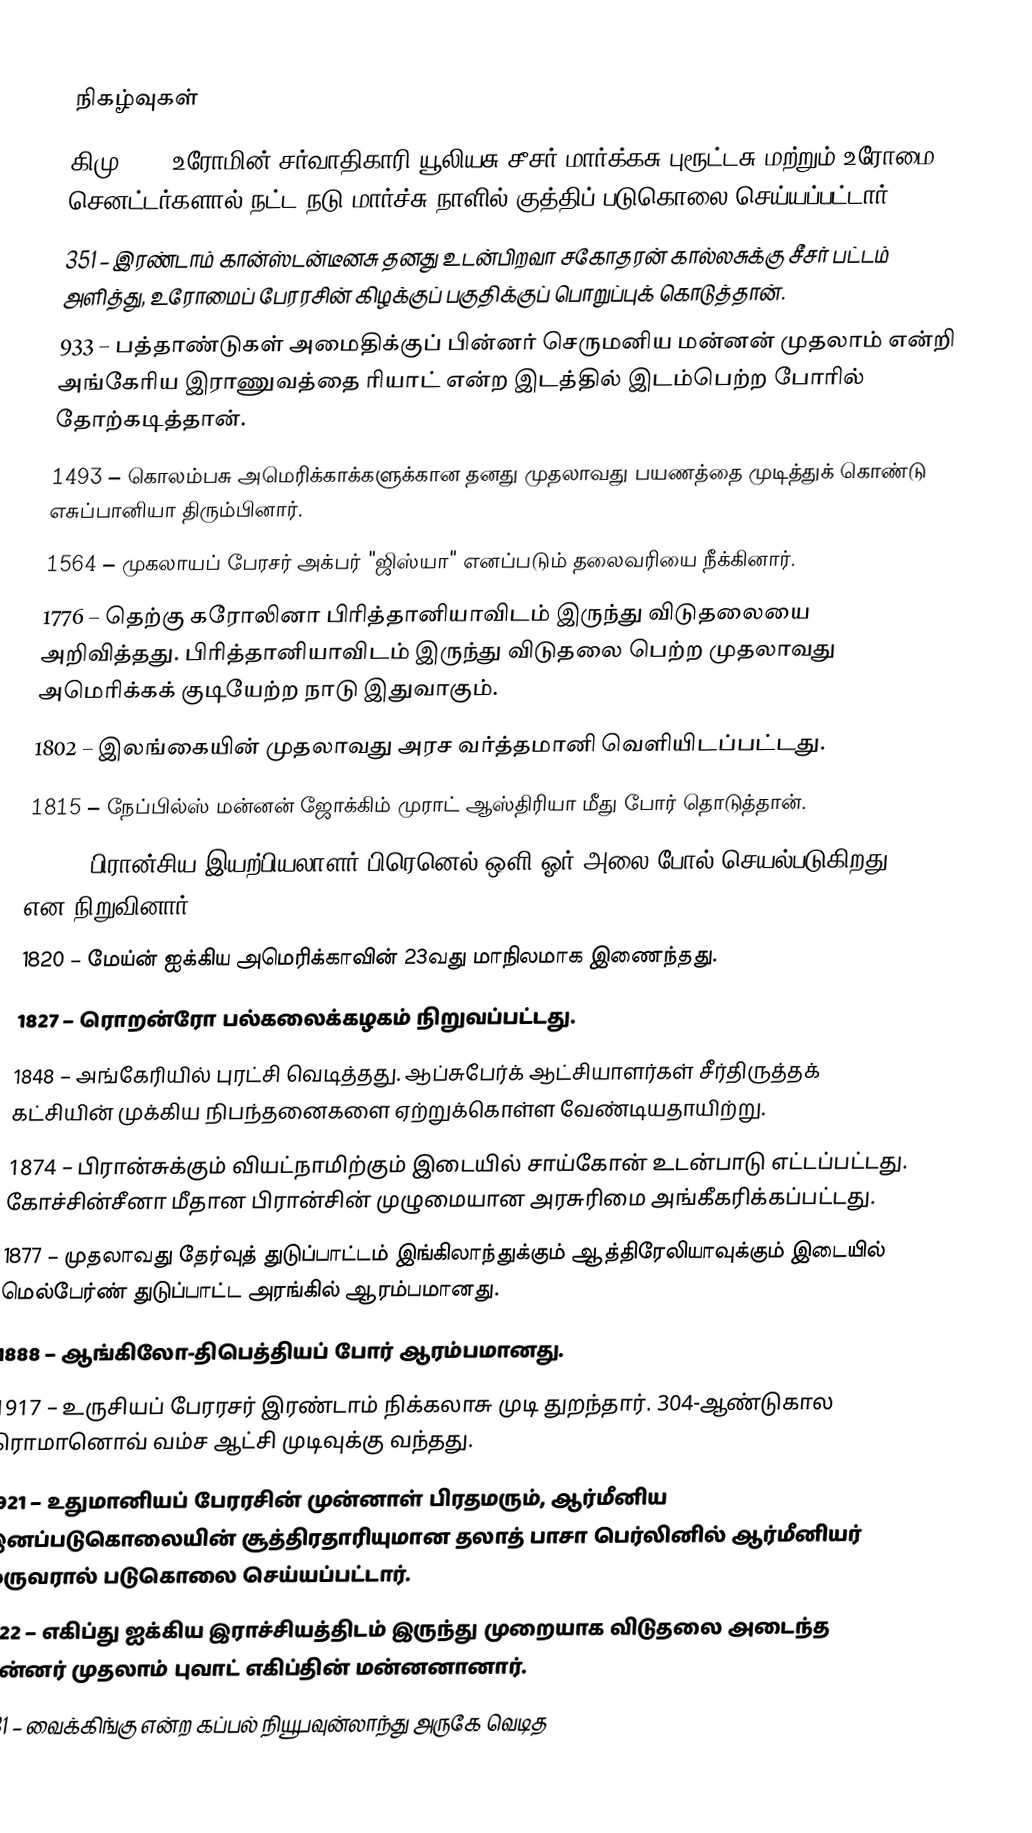

நிகழ்வுகள்
கிமு 44 – உரோமின் சர்வாதிகாரி யூலியசு சீசர் மார்க்கசு புரூட்டசு மற்றும் உரோமை செனட்டர்களால் நட்ட நடு மார்ச்சு நாளில் குத்திப் படுகொலை செய்யப்பட்டார்.
351 – இரண்டாம் கான்ஸ்டன்டீனசு தனது உடன்பிறவா சகோதரன் கால்லசுக்கு சீசர் பட்டம் அளித்து, உரோமைப் பேரரசின் கிழக்குப் பகுதிக்குப் பொறுப்புக் கொடுத்தான்.
933 – பத்தாண்டுகள் அமைதிக்குப் பின்னர் செருமனிய மன்னன் முதலாம் என்றி அங்கேரிய இராணுவத்தை ரியாட் என்ற இடத்தில் இடம்பெற்ற போரில் தோற்கடித்தான்.
1493 – கொலம்பசு அமெரிக்காக்களுக்கான தனது முதலாவது பயணத்தை முடித்துக் கொண்டு எசுப்பானியா திரும்பினார்.
1564 – முகலாயப் பேரசர் அக்பர் "ஜிஸ்யா" எனப்படும் தலைவரியை நீக்கினார்.
1776 – தெற்கு கரோலினா பிரித்தானியாவிடம் இருந்து விடுதலையை அறிவித்தது. பிரித்தானியாவிடம் இருந்து விடுதலை பெற்ற முதலாவது அமெரிக்கக் குடியேற்ற நாடு இதுவாகும்.
1802 – இலங்கையின் முதலாவது அரச வர்த்தமானி வெளியிடப்பட்டது.
1815 – நேப்பில்ஸ் மன்னன் ஜோக்கிம் முராட் ஆஸ்திரியா மீது போர் தொடுத்தான்.
1819 – பிரான்சிய இயற்பியலாளர் பிரெனெல் ஒளி ஓர் அலை போல் செயல்படுகிறது என நிறுவினார்.
1820 – மேய்ன் ஐக்கிய அமெரிக்காவின் 23வது மாநிலமாக இணைந்தது.
1827 – ரொறன்ரோ பல்கலைக்கழகம் நிறுவப்பட்டது.
1848 – அங்கேரியில் புரட்சி வெடித்தது. ஆப்சுபேர்க் ஆட்சியாளர்கள் சீர்திருத்தக் கட்சியின் முக்கிய நிபந்தனைகளை ஏற்றுக்கொள்ள வேண்டியதாயிற்று.
1874 – பிரான்சுக்கும் வியட்நாமிற்கும் இடையில் சாய்கோன் உடன்பாடு எட்டப்பட்டது. கோச்சின்சீனா மீதான பிரான்சின் முழுமையான அரசுரிமை அங்கீகரிக்கப்பட்டது.
1877 – முதலாவது தேர்வுத் துடுப்பாட்டம் இங்கிலாந்துக்கும் ஆத்திரேலியாவுக்கும் இடையில் மெல்பேர்ண் துடுப்பாட்ட அரங்கில் ஆரம்பமானது.
1888 – ஆங்கிலோ-திபெத்தியப் போர் ஆரம்பமானது.
1917 – உருசியப் பேரரசர் இரண்டாம் நிக்கலாசு முடி துறந்தார். 304-ஆண்டுகால ரொமானொவ் வம்ச ஆட்சி முடிவுக்கு வந்தது.
1921 – உதுமானியப் பேரரசின் முன்னாள் பிரதமரும், ஆர்மீனிய இனப்படுகொலையின் சூத்திரதாரியுமான தலாத் பாசா பெர்லினில் ஆர்மீனியர் ஒருவரால் படுகொலை செய்யப்பட்டார்.
1922 – எகிப்து ஐக்கிய இராச்சியத்திடம் இருந்து முறையாக விடுதலை அடைந்த பின்னர் முதலாம் புவாட் எகிப்தின் மன்னனானார்.
1931 – வைக்கிங்கு என்ற கப்பல் நியூபவுன்லாந்து அருகே வெடித